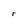
Character: r